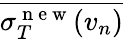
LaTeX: \overline{{\sigma_{T}^{\mathrm{~n~e~w~}}(v_{n})}}